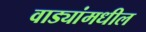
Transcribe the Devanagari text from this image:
वाड्यांमधील